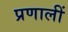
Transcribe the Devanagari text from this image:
प्रणालीं